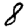
Digit: 8